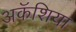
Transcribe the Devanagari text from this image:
अकॅशिया